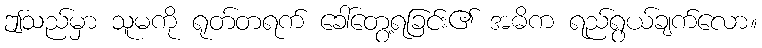
ဤသည်မှာ သူမကို ရုတ်တရက် ခေါ်တွေ့ရခြင်း၏ အဓိက ရည်ရွယ်ချက်လော။